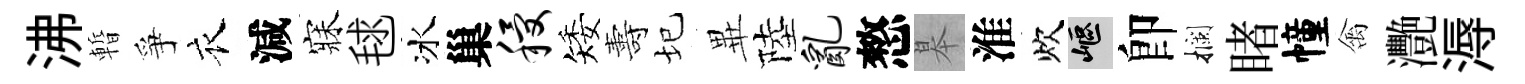
沸暫爭衣減寐毬冰巢稷矮夀圮𭺾陸乱憗皋淮炊嶇卽攔睹幢禽灧溽